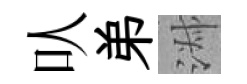
㕥弟淑